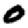
Digit: 0